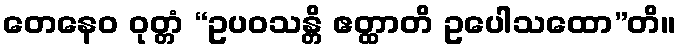
တေနေဝ ဝုတ္တံ “ဥပဝသန္တိ ဧတ္ထာတိ ဥပေါသထော”တိ။